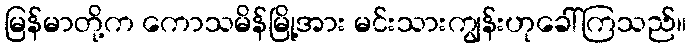
မြန်မာတို့က ကောသမိန်မြို့အား မင်းသားကျွန်းဟုခေါ်ကြသည်။